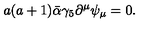
a ( a + 1 ) \bar { \alpha } \gamma _ { 5 } \partial ^ { \mu } \psi _ { \mu } = 0 .